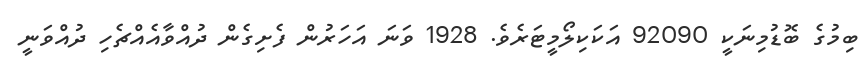
ބިމުގެ ބޮޑުމިނަކީ 92090 އަކަކިލޯމީޓަރެވެ. 1928 ވަނަ އަހަރުން ފެށިގެން ދުއްވާއެއްޗެހި ދުއްވަނީ